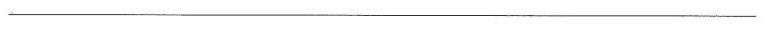
___